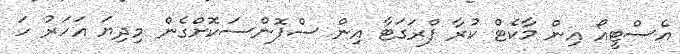
އެސްޓީއޯ އިން މާކެޓް ކުރާ ފްރަގަޓާ އިން ސްޕޮންސަކޮށްގެން މިދިޔަ އަހަރު ހަ